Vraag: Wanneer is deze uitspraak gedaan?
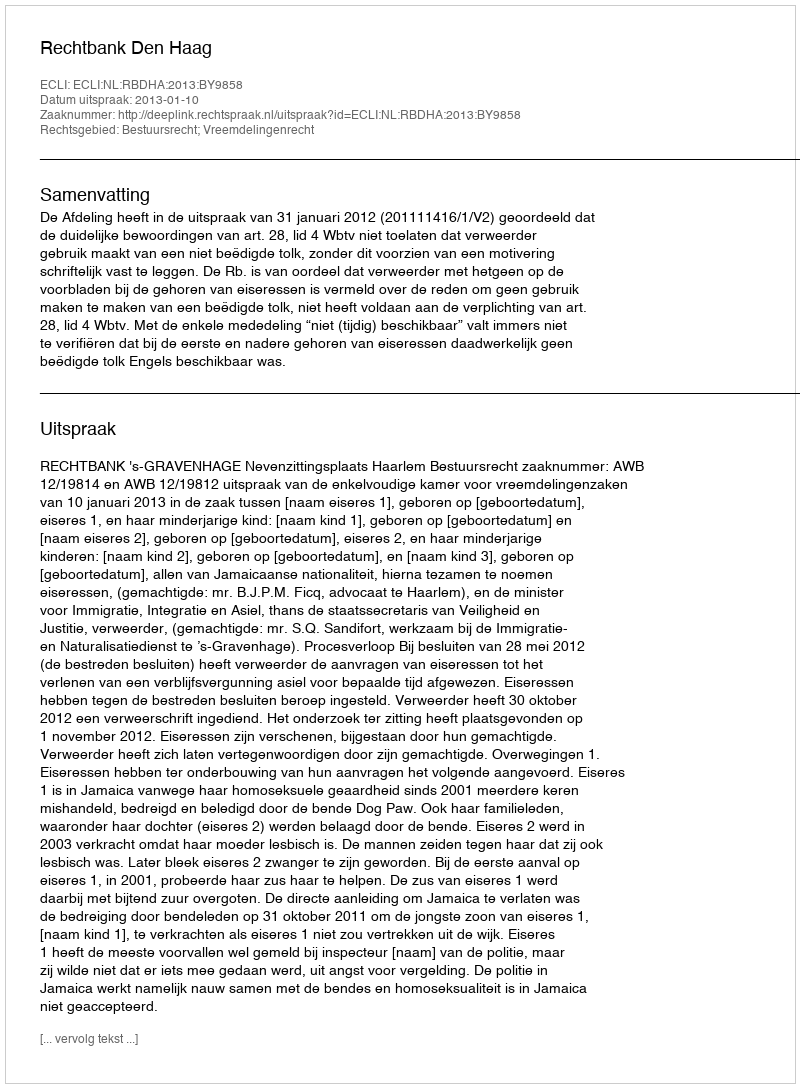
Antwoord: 2013-01-10